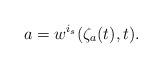
LaTeX: \begin{align*}a=w^{i_s}(\zeta_a(t),t).\end{align*}